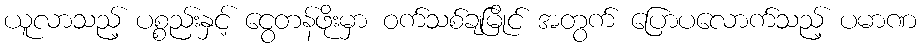
ယူလာသည့် ပစ္စည်းနှင့် ငွေတန်ဖိုးမှာ ဝက်သစ်ချမြိုင် အတွက် ပြောပလောက်သည့် ပမာဏ